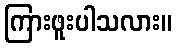
ကြားဖူးပါသလား။